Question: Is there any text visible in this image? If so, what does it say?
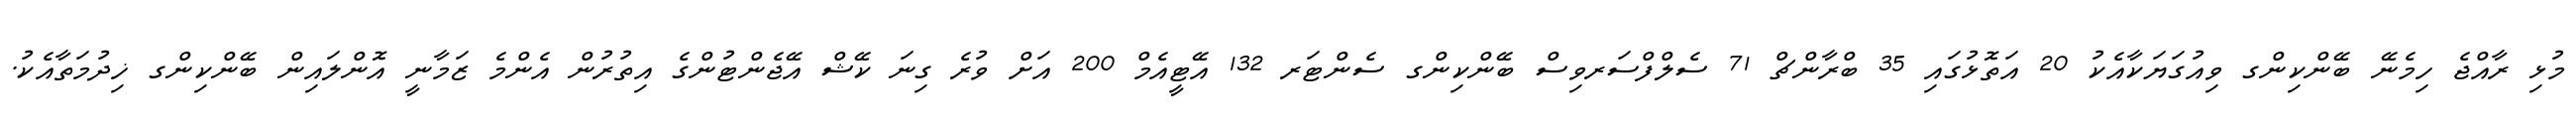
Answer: މުޅި ރާއްޖެ ހިމެނޭ ބޭންކިންގ ވިއުގަޔަކާއެކު 20 އަތޮޅުގައި 35 ބްރާންޗް 71 ސެލްފްސަރވިސް ބޭންކިންގ ސެންޓަރ 132 އޭޓީއެމް 200 އަށް ވުރެ ގިނަ ކޭޝް އޭޖެންޓުންގެ އިތުރުން އެންމެ ޒަމާނީ އޮންލައިން ބޭންކިންގ ޚިދުމަތާއެކު.